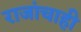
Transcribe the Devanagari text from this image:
राजांचाही